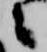
々